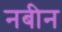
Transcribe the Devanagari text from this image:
नबीन